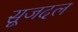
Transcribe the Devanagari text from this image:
सूजदल